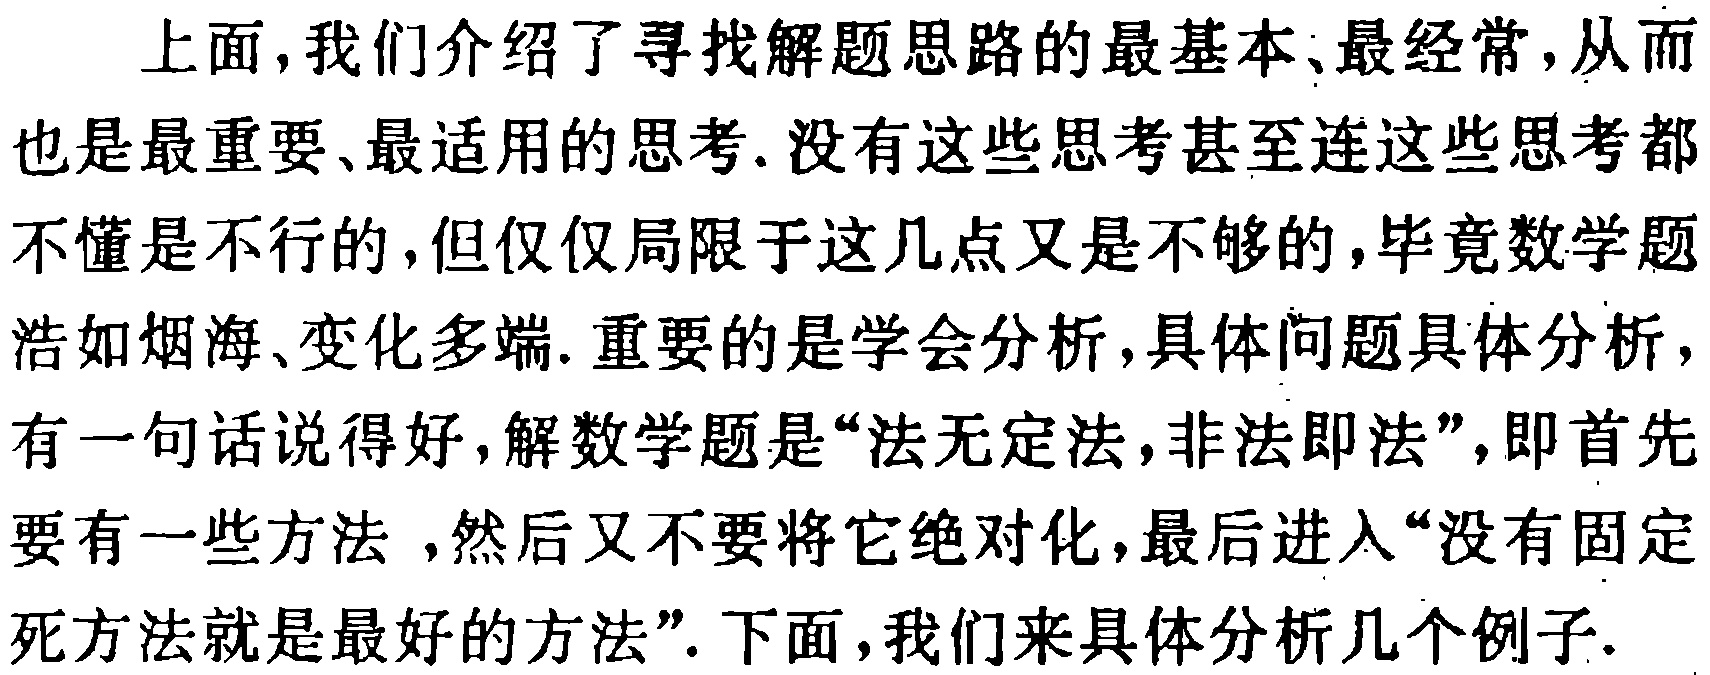
上面，我们介绍了寻找解题思路的最基本、最经常，从而也是最重要、最适用的思考.没有这些思考甚至连这些思考都不懂是不行的，但仅仅局限于这几点又是不够的，毕竟数学题浩如烟海、变化多端. 重要的是学会分析，具体问题具体分析，有一句话说得好，解数学题是“法无定法，非法即法”，即首先要有一些方法，然后又不要将它绝对化，最后进入“没有固定死方法就是最好的方法”. 下面，我们来具体分析几个例子.